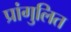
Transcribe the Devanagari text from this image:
प्रांगुलित